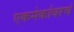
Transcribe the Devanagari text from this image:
एकमेकांवरचं